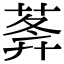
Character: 𦵝